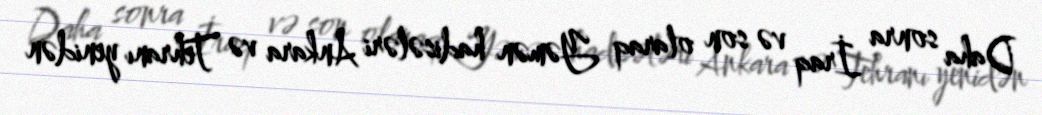
Daha sonra İraq və son olaraq Yəmən hadisələri Ankara və Tehranı yenidən